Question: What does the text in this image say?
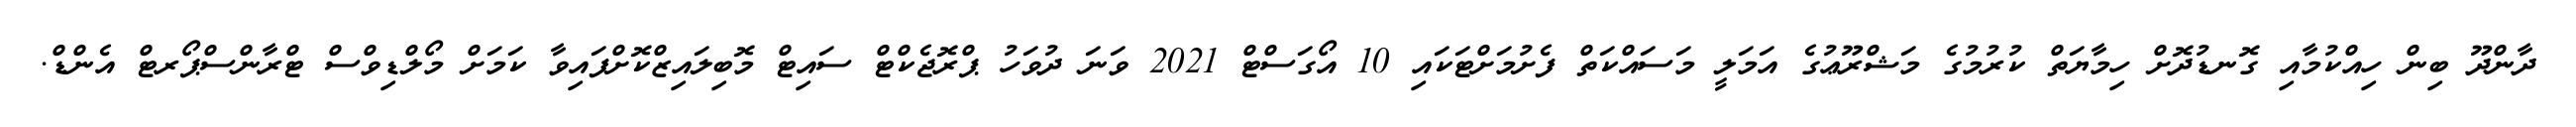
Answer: ދާންދޫ ބިން ހިއްކުމާއި ގޮނޑުދޮށް ހިމާޔަތް ކުރުމުގެ މަޝްރޫޢުގެ އަމަލީ މަސައްކަތް ފެށުމަށްޓަކައި 10 އޯގަސްޓް 2021 ވަނަ ދުވަހު ޕްރޮޖެކްޓް ސައިޓް މޮބިލައިޒްކޮށްފައިވާ ކަމަށް މޯލްޑިވްސް ޓްރާންސްޕޯރޓް އެންޑް.